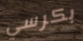
بكرسي